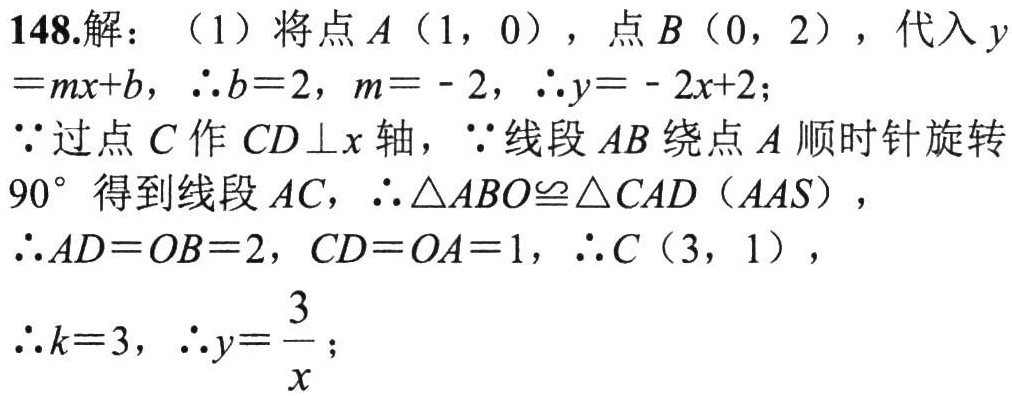
148.解：（1）将点\(A(1,0)\)，点\(B(0,2)\)，代入\(y = mx + b\)，\(\therefore b = 2\)，\(m=-2\)，\(\therefore y=-2x + 2\)；

\(\because\)过点\(C\)作\(CD\perp x\)轴，\(\because\)线段\(AB\)绕点\(A\)顺时针旋转\(90^{\circ}\)得到线段\(AC\)，\(\therefore\triangle ABO\cong\triangle CAD(AAS)\)，

\(\therefore AD = OB = 2\)，\(CD = OA = 1\)，\(\therefore C(3,1)\)，

\(\therefore k = 3\)，\(\therefore y=\frac{3}{x}\)；